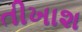
તીખાશ